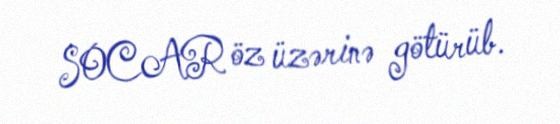
SOCAR öz üzərinə götürüb.